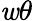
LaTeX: \mathit{w}\theta